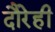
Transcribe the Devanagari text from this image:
दौरेही